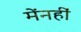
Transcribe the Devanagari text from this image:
मेंनहीं